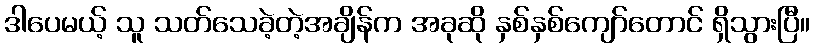
ဒါပေမယ့် သူ သတ်သေခဲ့တဲ့အချိန်က အခုဆို နှစ်နှစ်ကျော်တောင် ရှိသွားပြီ။